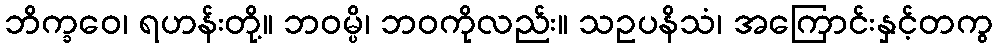
ဘိက္ခဝေ၊ ရဟန်းတို့။ ဘဝမ္ပိ၊ ဘဝကိုလည်း။ သဥပနိသံ၊ အကြောင်းနှင့်တကွ